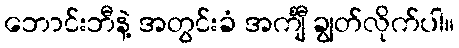
ဘောင်းဘီနဲ့ အတွင်းခံ အင်္ကျီ ချွတ်လိုက်ပါ။